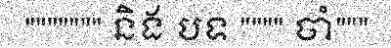
""""""" និង បទ """" ចាំ"""